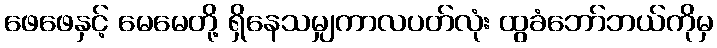
ဖေဖေနှင့် မေမေတို့ ရှိနေသမျှကာလပတ်လုံး ထွခံဘော်ဘယ်ကိုမှ